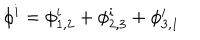
\phi ^ { i } = \phi _ { 1 , 2 } ^ { i } + \phi _ { 2 , 3 } ^ { i } + \phi _ { 3 , 1 } ^ { i }